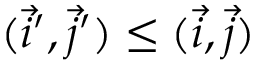
( \vec { i } ^ { \prime } , \vec { j } ^ { \prime } ) \leq ( \vec { i } , \vec { j } )